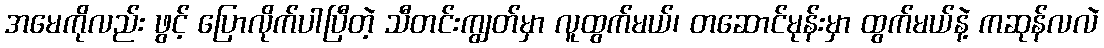
အမေကိုလည်း ဖွင့် ပြောလိုက်ပါပြီတဲ့ သီတင်းကျွတ်မှာ လူထွက်မယ်၊ တဆောင်မုန်းမှာ ထွက်မယ်နဲ့ ကဆုန်လလဲ